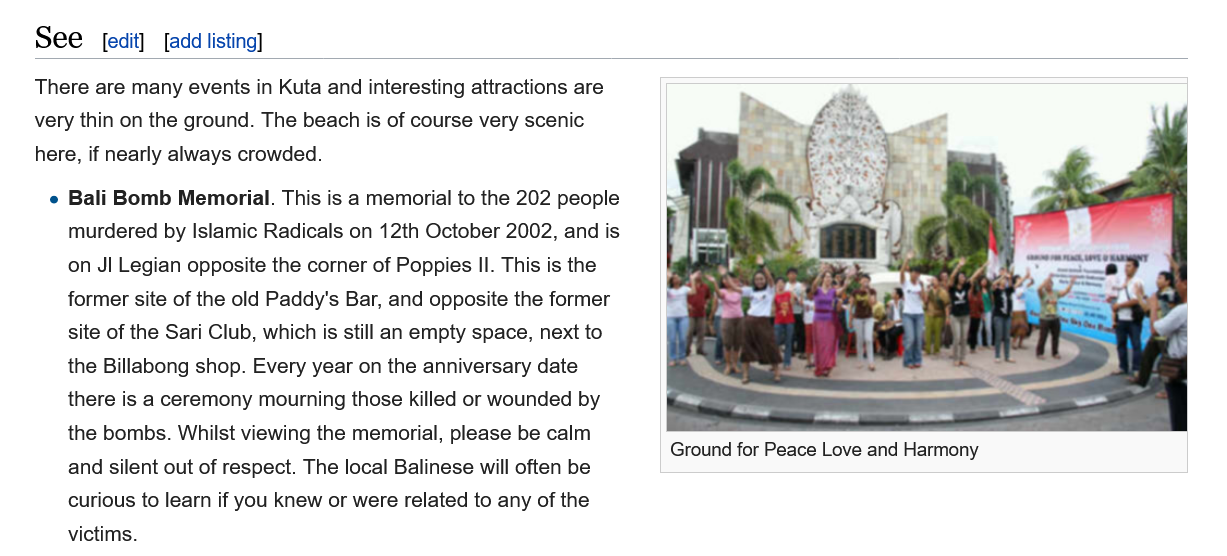
See   edit] [add listing]
     Ground for Peace Love and Harmony
    There are many events in Kuta and interesting attractions are
    very thin on the ground. The beach is of course very scenic
    here, if nearly always crowded.
     e Bali Bomb Memorial. This is a memorial to the 202 people
     murdered by Islamic Radicals on 12th October 2002, and is
     on Jl Legian opposite the corner of Poppies II. This is the
     former site of the old Paddy's Bar, and opposite the former
     site of the Sari Club, which is still an empty space, next to
     the Billabong shop. Every year on the anniversary date
     there is a ceremony mourning those killed or wounded by
     the bombs. Whilst viewing the memorial, please be calm
     and silent out of respect. The local Balinese will often be
     curious to learn if you knew or were related to any of the
     victims.